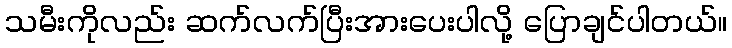
သမီးကိုလည်း ဆက်လက်ပြီးအားပေးပါလို့ ပြောချင်ပါတယ်။